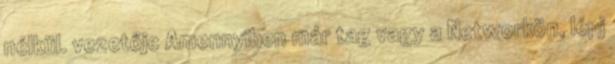
nélkül. vezetője Amennyiben már tag vagy a Networkön, lépj